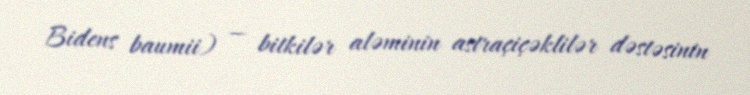
Bidens baumii) — bitkilər aləminin astraçiçəklilər dəstəsinin